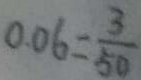
0 . 0 6 = \frac { 3 } { 5 0 }